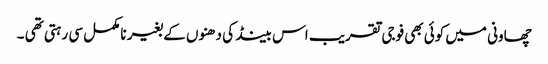
چھاونی میں کوئی بھی فوجی تقریب اس بینڈ کی دھنوں کے بغیر نامکمل سی رہتی تھی ۔